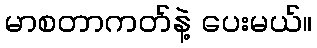
မာစတာကတ်နဲ့ ပေးမယ်။